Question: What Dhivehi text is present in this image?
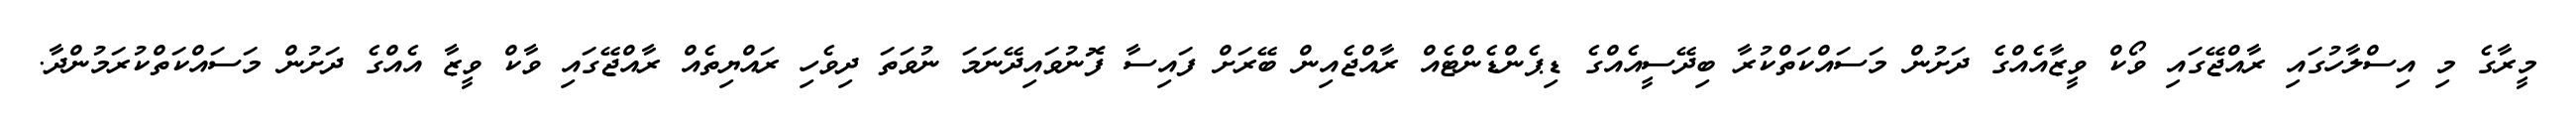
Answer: މީރާގެ މި އިސްލާހުގައި ރާއްޖޭގައި ވޯކް ވީޒާއެއްގެ ދަށުން މަސައްކަތްކުރާ ބިދޭސީއެއްގެ ޑިޕެންޑެންޓެއް ރާއްޖެއިން ބޭރަށް ފައިސާ ފޮނުވައިދޭނަމަ ނުވަތަ ދިވެހި ރައްޔިތެއް ރާއްޖޭގައި ވާކް ވީޒާ އެއްގެ ދަށުން މަސައްކަތްކުރަމުންދާ.